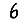
Digit: 6